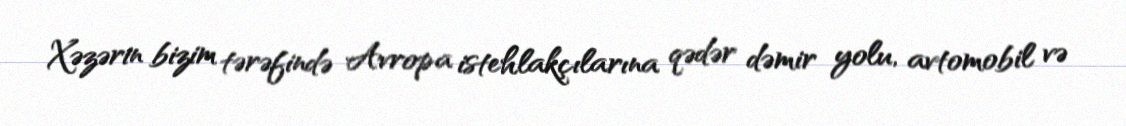
Xəzərin bizim tərəfində Avropa istehlakçılarına qədər dəmir yolu, avtomobil və